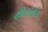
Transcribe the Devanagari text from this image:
कीलरमंऊ